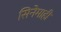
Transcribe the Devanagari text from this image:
सिनेमाही